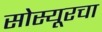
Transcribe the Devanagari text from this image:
सोस्यूरचा